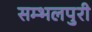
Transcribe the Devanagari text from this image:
सम्भलपुरी